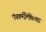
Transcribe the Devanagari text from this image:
पंचकर्मचिकित्सा